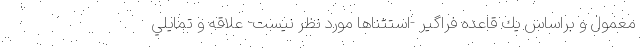
معمول و براساس يك قاعده فراگير -استثناها مورد نظر نيست- علاقه و تمايلي